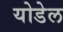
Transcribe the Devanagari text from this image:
योडेल